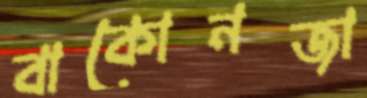
বাকোনজা